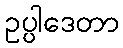
ဥပ္ပါဒေတာ